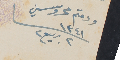
ودمتم محروسين		 ١٣٤١	 ٢ ربيع٢